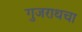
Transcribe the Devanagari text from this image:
गुजराथचा